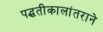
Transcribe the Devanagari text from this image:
पद्धतीकालांतराने